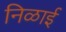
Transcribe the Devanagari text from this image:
निळाई